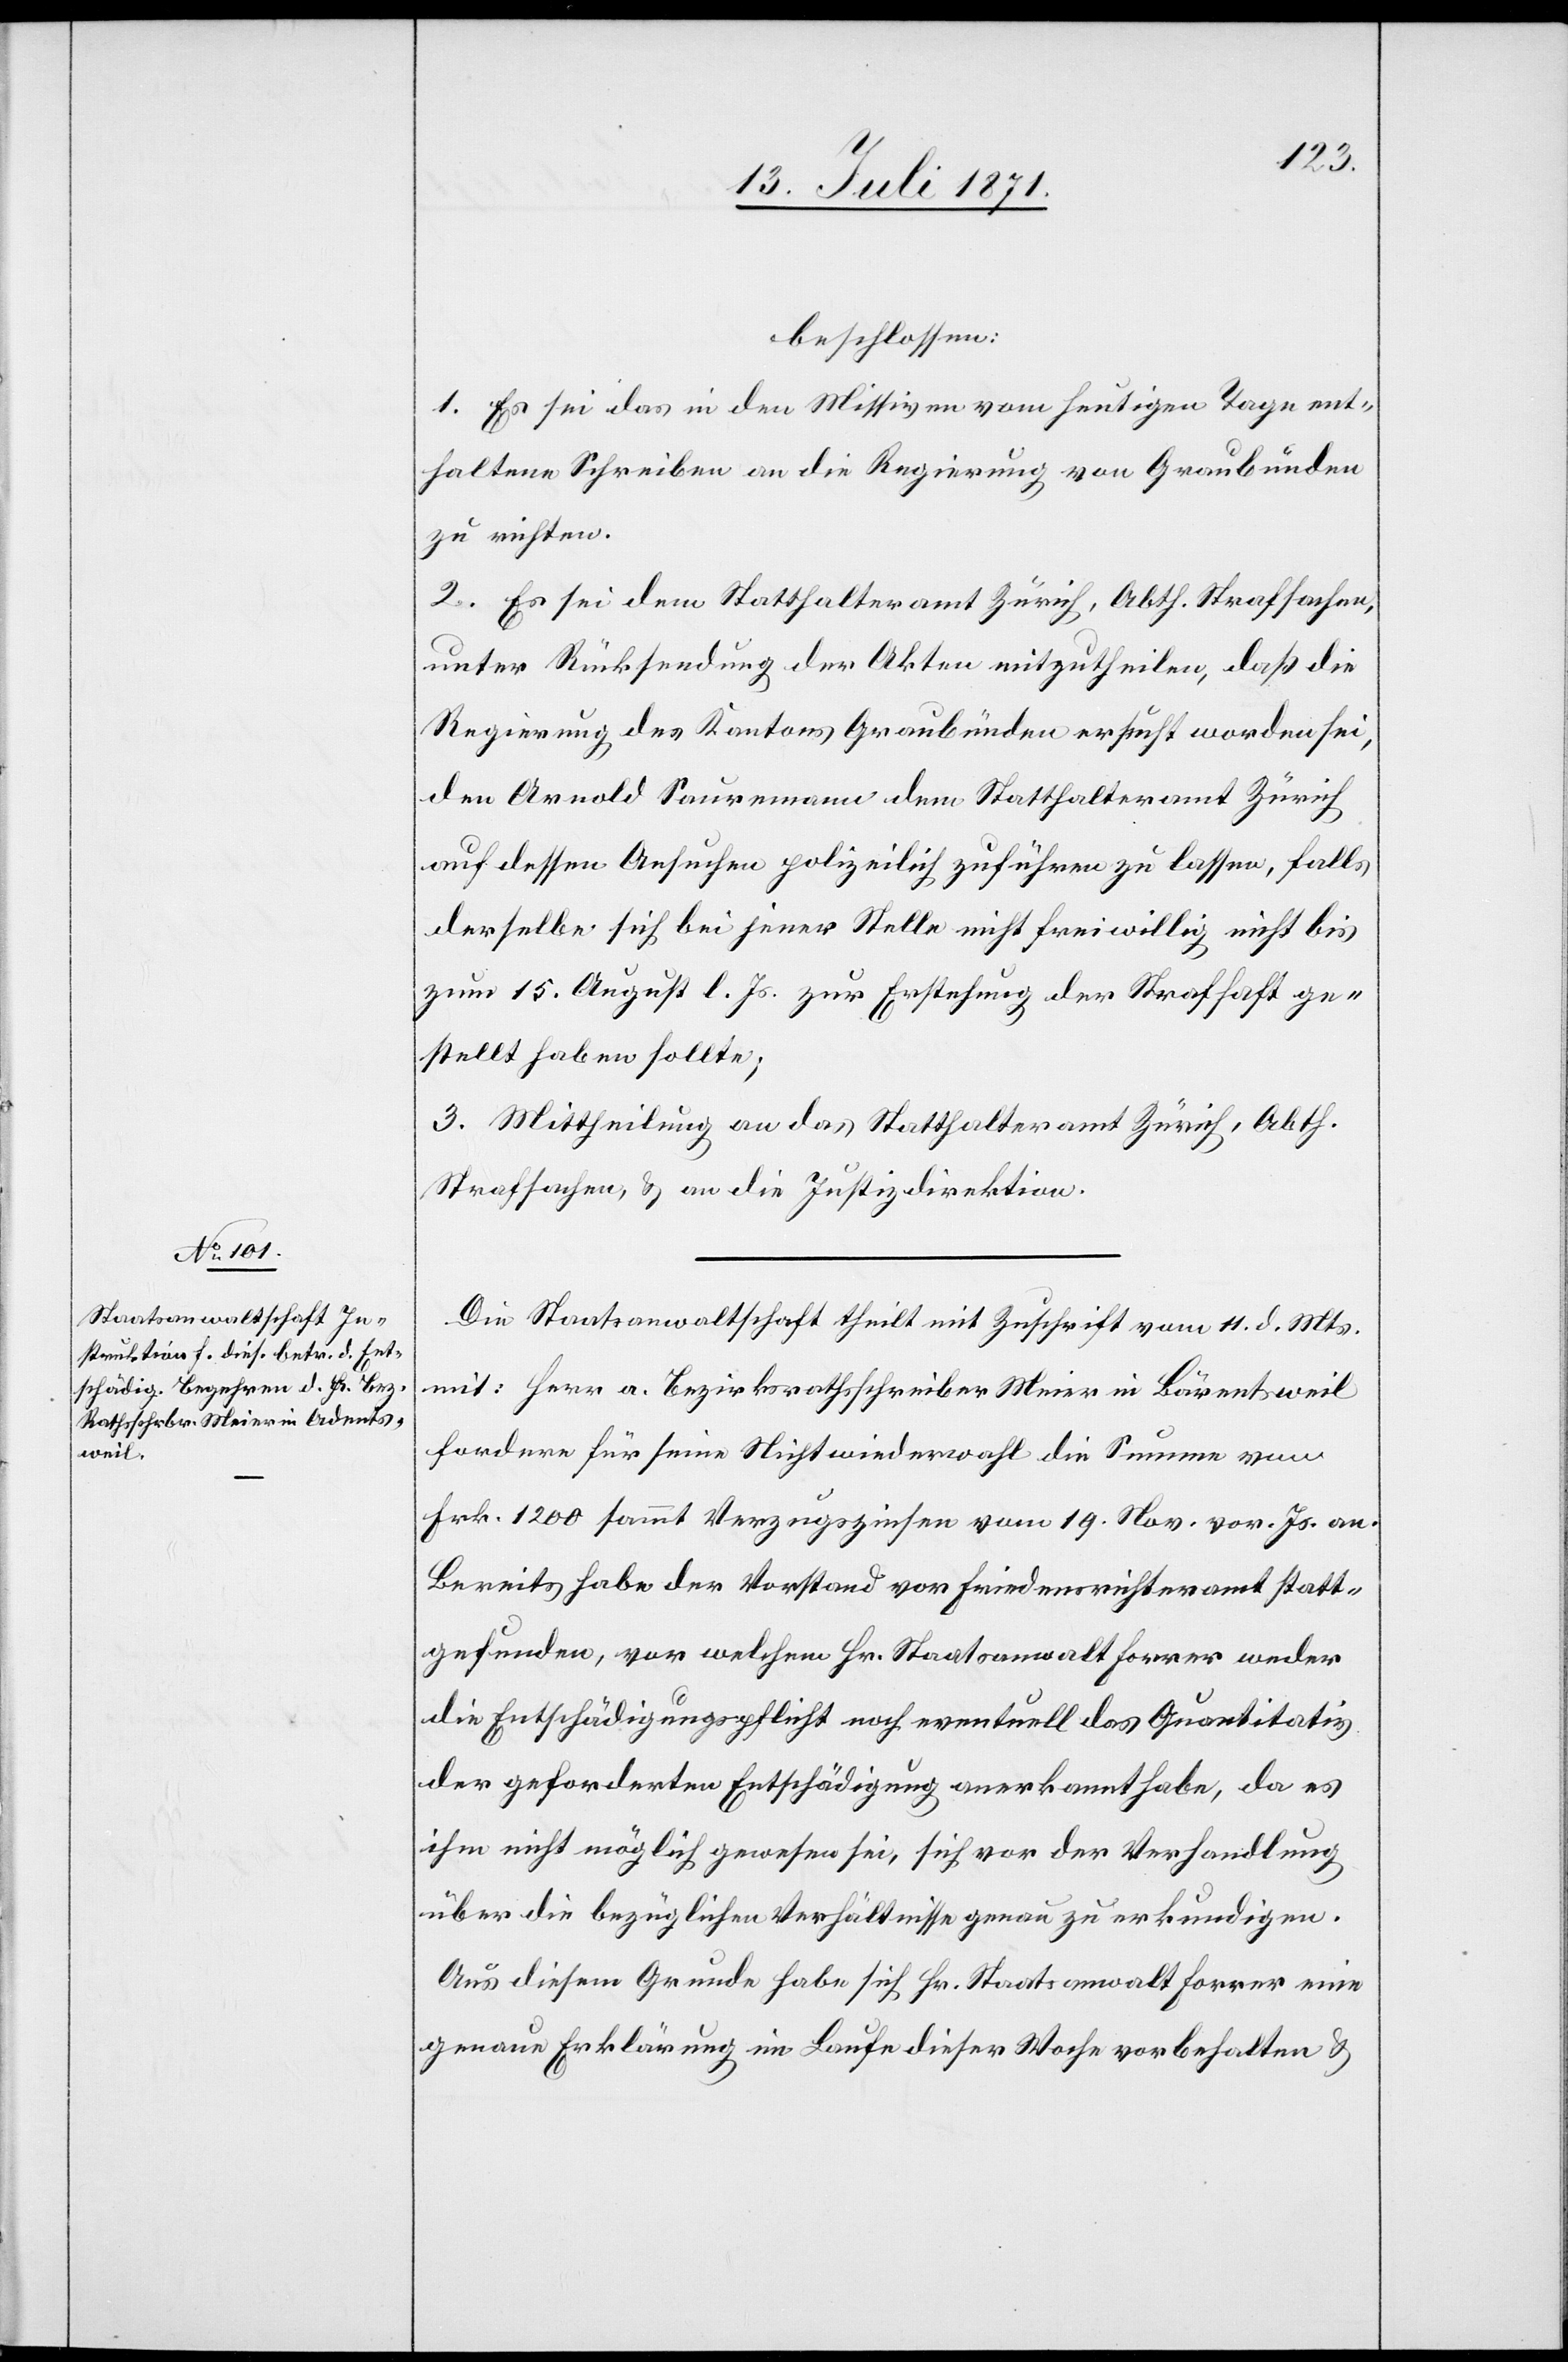
beschlossen:
1. Es sei das in den Missiven vom heutigen Tage ent¬
haltene Schreiben an die Regierung von Graubünden
zu richten.
2. Es sei dem Statthalteramt Zürich, Abth. Strafsachen,
unter Rücksendung der Akten mitzutheilen, daß die
Regierung des Kantons Graubünden ersucht worden sei,
den Arnold Sauremann dem Statthalteramt Zürich
auf dessen Ansuchen polizeilich zuführen zu lassen, falls
derselbe sich bei jener Stelle nicht freiwillig nicht [sic!]
zum 15. August l. Js. zur Erstehung der Strafhaft ge¬
stellt haben sollte;
3. Mittheilung an das Statthalteramt Zürich, Abth.
Strafsachen, u. an die Justizdirektion.
Die Staatsanwaltschaft theilt mit Zuschrift vom 11. d. Mts.
mit: Herr a. Bezirksrathsschreiber Meier in Bärentsweil
fordere für seine Nichtwiederwahl die Summe von
Frk. 1200 sammt Verzugszinsen vom 19. Nov. vor. Js. an.
Bereits habe der Vorstand vor Friedensrichteramt statt¬
gefunden, vor welchem Hr. Staatsanwalt Forrer weder
die Entschädigungspflicht noch eventuell das Quantitativ
der geforderten Entschädigung anerkannt habe, da es
ihm nicht möglich gewesen sei, sich vor der Verhandlung
über die bezüglichen Verhältnisse genau zu erkundigen.
Aus diesem Grunde habe sich Hr. Staatsanwalt Forrer eine
genaue Erklärung im Laufe dieser Woche vorbehalten u.